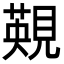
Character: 䚆